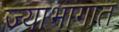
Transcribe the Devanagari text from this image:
ज्याभागात